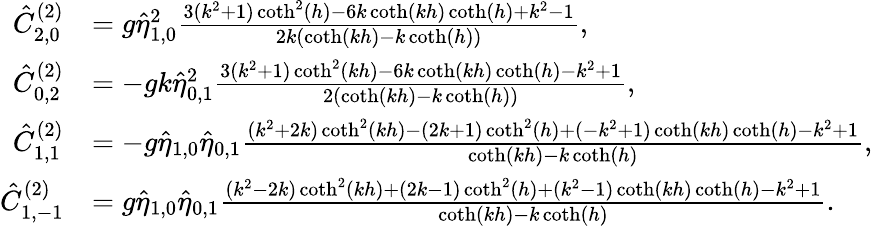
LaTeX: \begin{array}{rl}{\hat{C}_{2,0}^{(2)}}&{=g\hat{\eta}_{1,0}^{2}\frac{3(k^{2}+1)\coth^{2}(h)-6k\coth(kh)\coth(h)+k^{2}-1}{2k(\coth(kh)-k\coth(h))},}\\ {\hat{C}_{0,2}^{(2)}}&{=-gk\hat{\eta}_{0,1}^{2}\frac{3(k^{2}+1)\coth^{2}(kh)-6k\coth(kh)\coth(h)-k^{2}+1}{2(\coth(kh)-k\coth(h))},}\\ {\hat{C}_{1,1}^{(2)}}&{=-g\hat{\eta}_{1,0}\hat{\eta}_{0,1}\frac{(k^{2}+2k)\coth^{2}(kh)-(2k+1)\coth^{2}(h)+(-k^{2}+1)\coth(kh)\coth(h)-k^{2}+1}{\coth(kh)-k\coth(h)},}\\ {\hat{C}_{1,-1}^{(2)}}&{=g\hat{\eta}_{1,0}\hat{\eta}_{0,1}\frac{(k^{2}-2k)\coth^{2}(kh)+(2k-1)\coth^{2}(h)+(k^{2}-1)\coth(kh)\coth(h)-k^{2}+1}{\coth(kh)-k\coth(h)}.}\end{array}